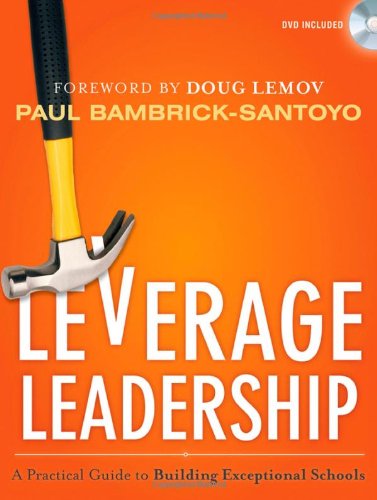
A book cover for Leverage Leadership: A Practical Guide to Building Exceptional Schools; Paul Bambrick-Santoyo; Education & Teaching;